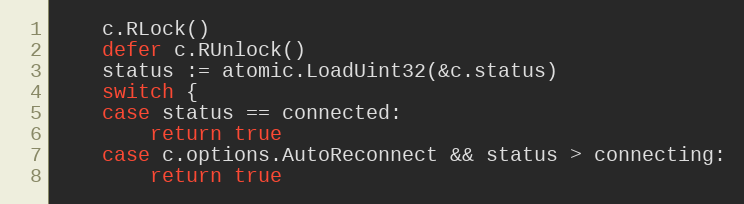
Language: Go
	c.RLock()
	defer c.RUnlock()
	status := atomic.LoadUint32(&c.status)
	switch {
	case status == connected:
		return true
	case c.options.AutoReconnect && status > connecting:
		return true